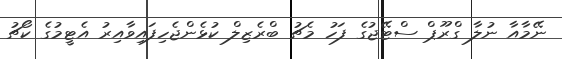
ނޭމާއާ ނުލާ ގްރޫޕް ސްޓޭޖުގެ ފަހު މެޗު ބްރެޒިލް ކުޅެންޖެހިފައިވާއިރު އެޓީމުގެ ކޯޗު